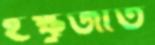
ইক্ষুজাত